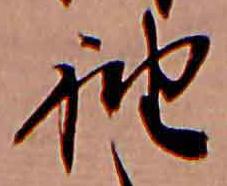
袖